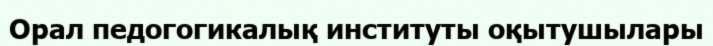
Орал педогогикалық институты оқытушылары